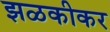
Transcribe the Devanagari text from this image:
झळकीकर